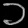
Digit: ၁